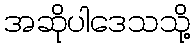
အဆိုပါဒေသသို့